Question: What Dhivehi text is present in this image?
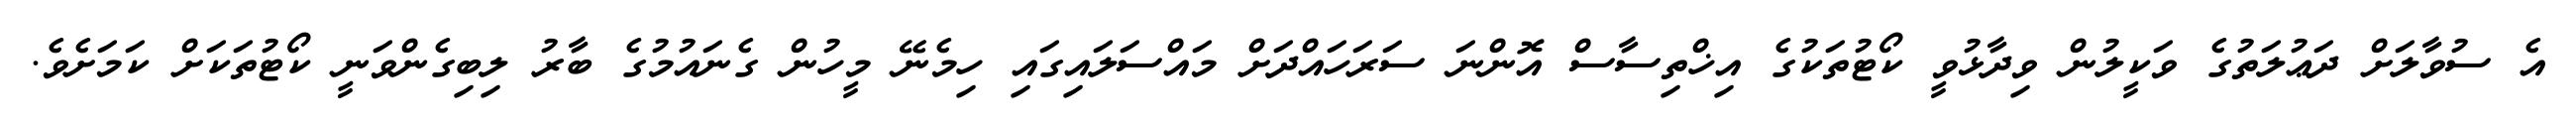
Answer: އެ ސުވާލަށް ދަޢުލަތުގެ ވަކީލުން ވިދާޅުވީ ކޯޓުތަކުގެ އިޚްތިސާސް އޮންނަ ސަރަހައްދަށް މައްސަލައިގައި ހިމެނޭ މީހުން ގެނައުމުގެ ބާރު ލިބިގެންވަނީ ކޯޓުތަކަށް ކަމަށެވެ.